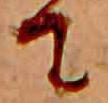
て